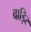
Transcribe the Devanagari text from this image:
वाड़िर